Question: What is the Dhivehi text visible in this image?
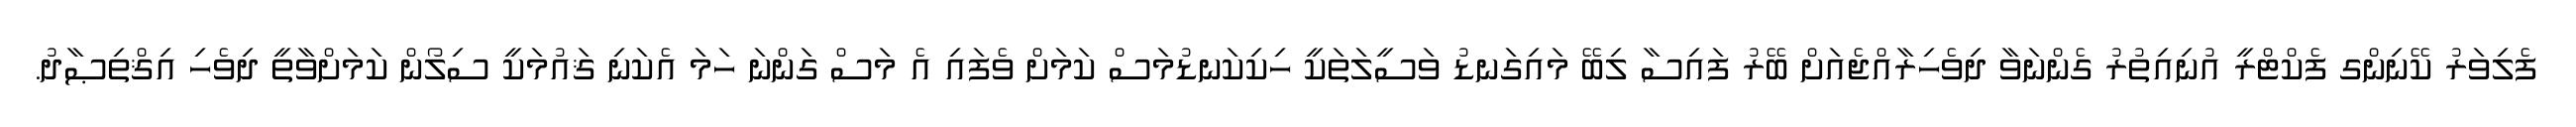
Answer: ފެލިވަރު ކޭނިންގ ފެކްޓްރީ އުނިއިތުރު ގެންނަވާ ދިވެހިރާއްޖެއަށް ބޭރު ފައިސާ ލިބޭ މައިގަނޑު ވަސީލަތަކީ ހިކިކަނޑުމަސް ކަމަށް ވެފައި އެ މަސް ގަންނަ ހަމަ އެކަނި ޤައުމަކީ ސިލޯން ކަމަށްވާތީ ދިވެހި އިޤްތިޞާދު.